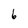
Character: 6